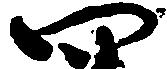
四